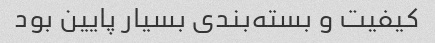
کیفیت و بسته‌بندی بسیار پایین بود